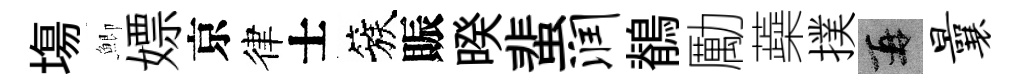
塲鯽嫖京律士簇賑暌蜚润鶺勵蘃撲再曩